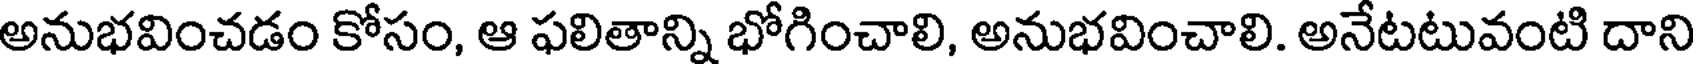
అనుభవించడం కోసం, ఆ ఫలితాన్ని భోగించాలి, అనుభవించాలి. అనేటటువంటి దాని